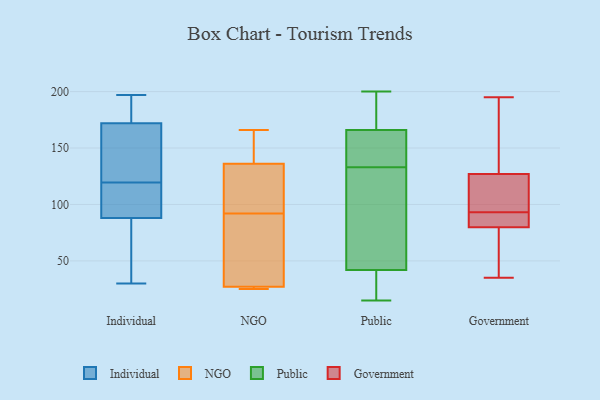
{"axis": {"x": "Operating Costs (USD K)", "y": "Value"}, "legend": ["Government", "Individual", "NGO", "Public"], "data": [{"x": "", "y": 132, "type": "Individual"}, {"x": "", "y": 172, "type": "Individual"}, {"x": "", "y": 162, "type": "Individual"}, {"x": "", "y": 59, "type": "Individual"}, {"x": "", "y": 88, "type": "Individual"}, {"x": "", "y": 107, "type": "Individual"}, {"x": "", "y": 181, "type": "Individual"}, {"x": "", "y": 30, "type": "Individual"}, {"x": "", "y": 197, "type": "Individual"}, {"x": "", "y": 88, "type": "Individual"}, {"x": "", "y": 27, "type": "NGO"}, {"x": "", "y": 25, "type": "NGO"}, {"x": "", "y": 25, "type": "NGO"}, {"x": "", "y": 92, "type": "NGO"}, {"x": "", "y": 166, "type": "NGO"}, {"x": "", "y": 153, "type": "NGO"}, {"x": "", "y": 25, "type": "NGO"}, {"x": "", "y": 92, "type": "NGO"}, {"x": "", "y": 127, "type": "NGO"}, {"x": "", "y": 100, "type": "NGO"}, {"x": "", "y": 136, "type": "NGO"}, {"x": "", "y": 151, "type": "NGO"}, {"x": "", "y": 70, "type": "NGO"}, {"x": "", "y": 79, "type": "NGO"}, {"x": "", "y": 192, "type": "Public"}, {"x": "", "y": 157, "type": "Public"}, {"x": "", "y": 94, "type": "Public"}, {"x": "", "y": 145, "type": "Public"}, {"x": "", "y": 15, "type": "Public"}, {"x": "", "y": 131, "type": "Public"}, {"x": "", "y": 24, "type": "Public"}, {"x": "", "y": 35, "type": "Public"}, {"x": "", "y": 22, "type": "Public"}, {"x": "", "y": 200, "type": "Public"}, {"x": "", "y": 160, "type": "Public"}, {"x": "", "y": 49, "type": "Public"}, {"x": "", "y": 80, "type": "Public"}, {"x": "", "y": 23, "type": "Public"}, {"x": "", "y": 197, "type": "Public"}, {"x": "", "y": 186, "type": "Public"}, {"x": "", "y": 135, "type": "Public"}, {"x": "", "y": 120, "type": "Public"}, {"x": "", "y": 149, "type": "Public"}, {"x": "", "y": 172, "type": "Public"}, {"x": "", "y": 62, "type": "Government"}, {"x": "", "y": 123, "type": "Government"}, {"x": "", "y": 76, "type": "Government"}, {"x": "", "y": 35, "type": "Government"}, {"x": "", "y": 93, "type": "Government"}, {"x": "", "y": 84, "type": "Government"}, {"x": "", "y": 139, "type": "Government"}, {"x": "", "y": 187, "type": "Government"}, {"x": "", "y": 81, "type": "Government"}, {"x": "", "y": 195, "type": "Government"}, {"x": "", "y": 75, "type": "Government"}, {"x": "", "y": 85, "type": "Government"}, {"x": "", "y": 89, "type": "Government"}, {"x": "", "y": 109, "type": "Government"}, {"x": "", "y": 123, "type": "Government"}, {"x": "", "y": 194, "type": "Government"}, {"x": "", "y": 119, "type": "Government"}]}